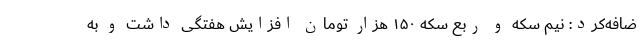
ضافه‌کرد: نیم سکه و ربع سکه ۱۵۰ هزار تومان افزایش هفتگی داشت و به